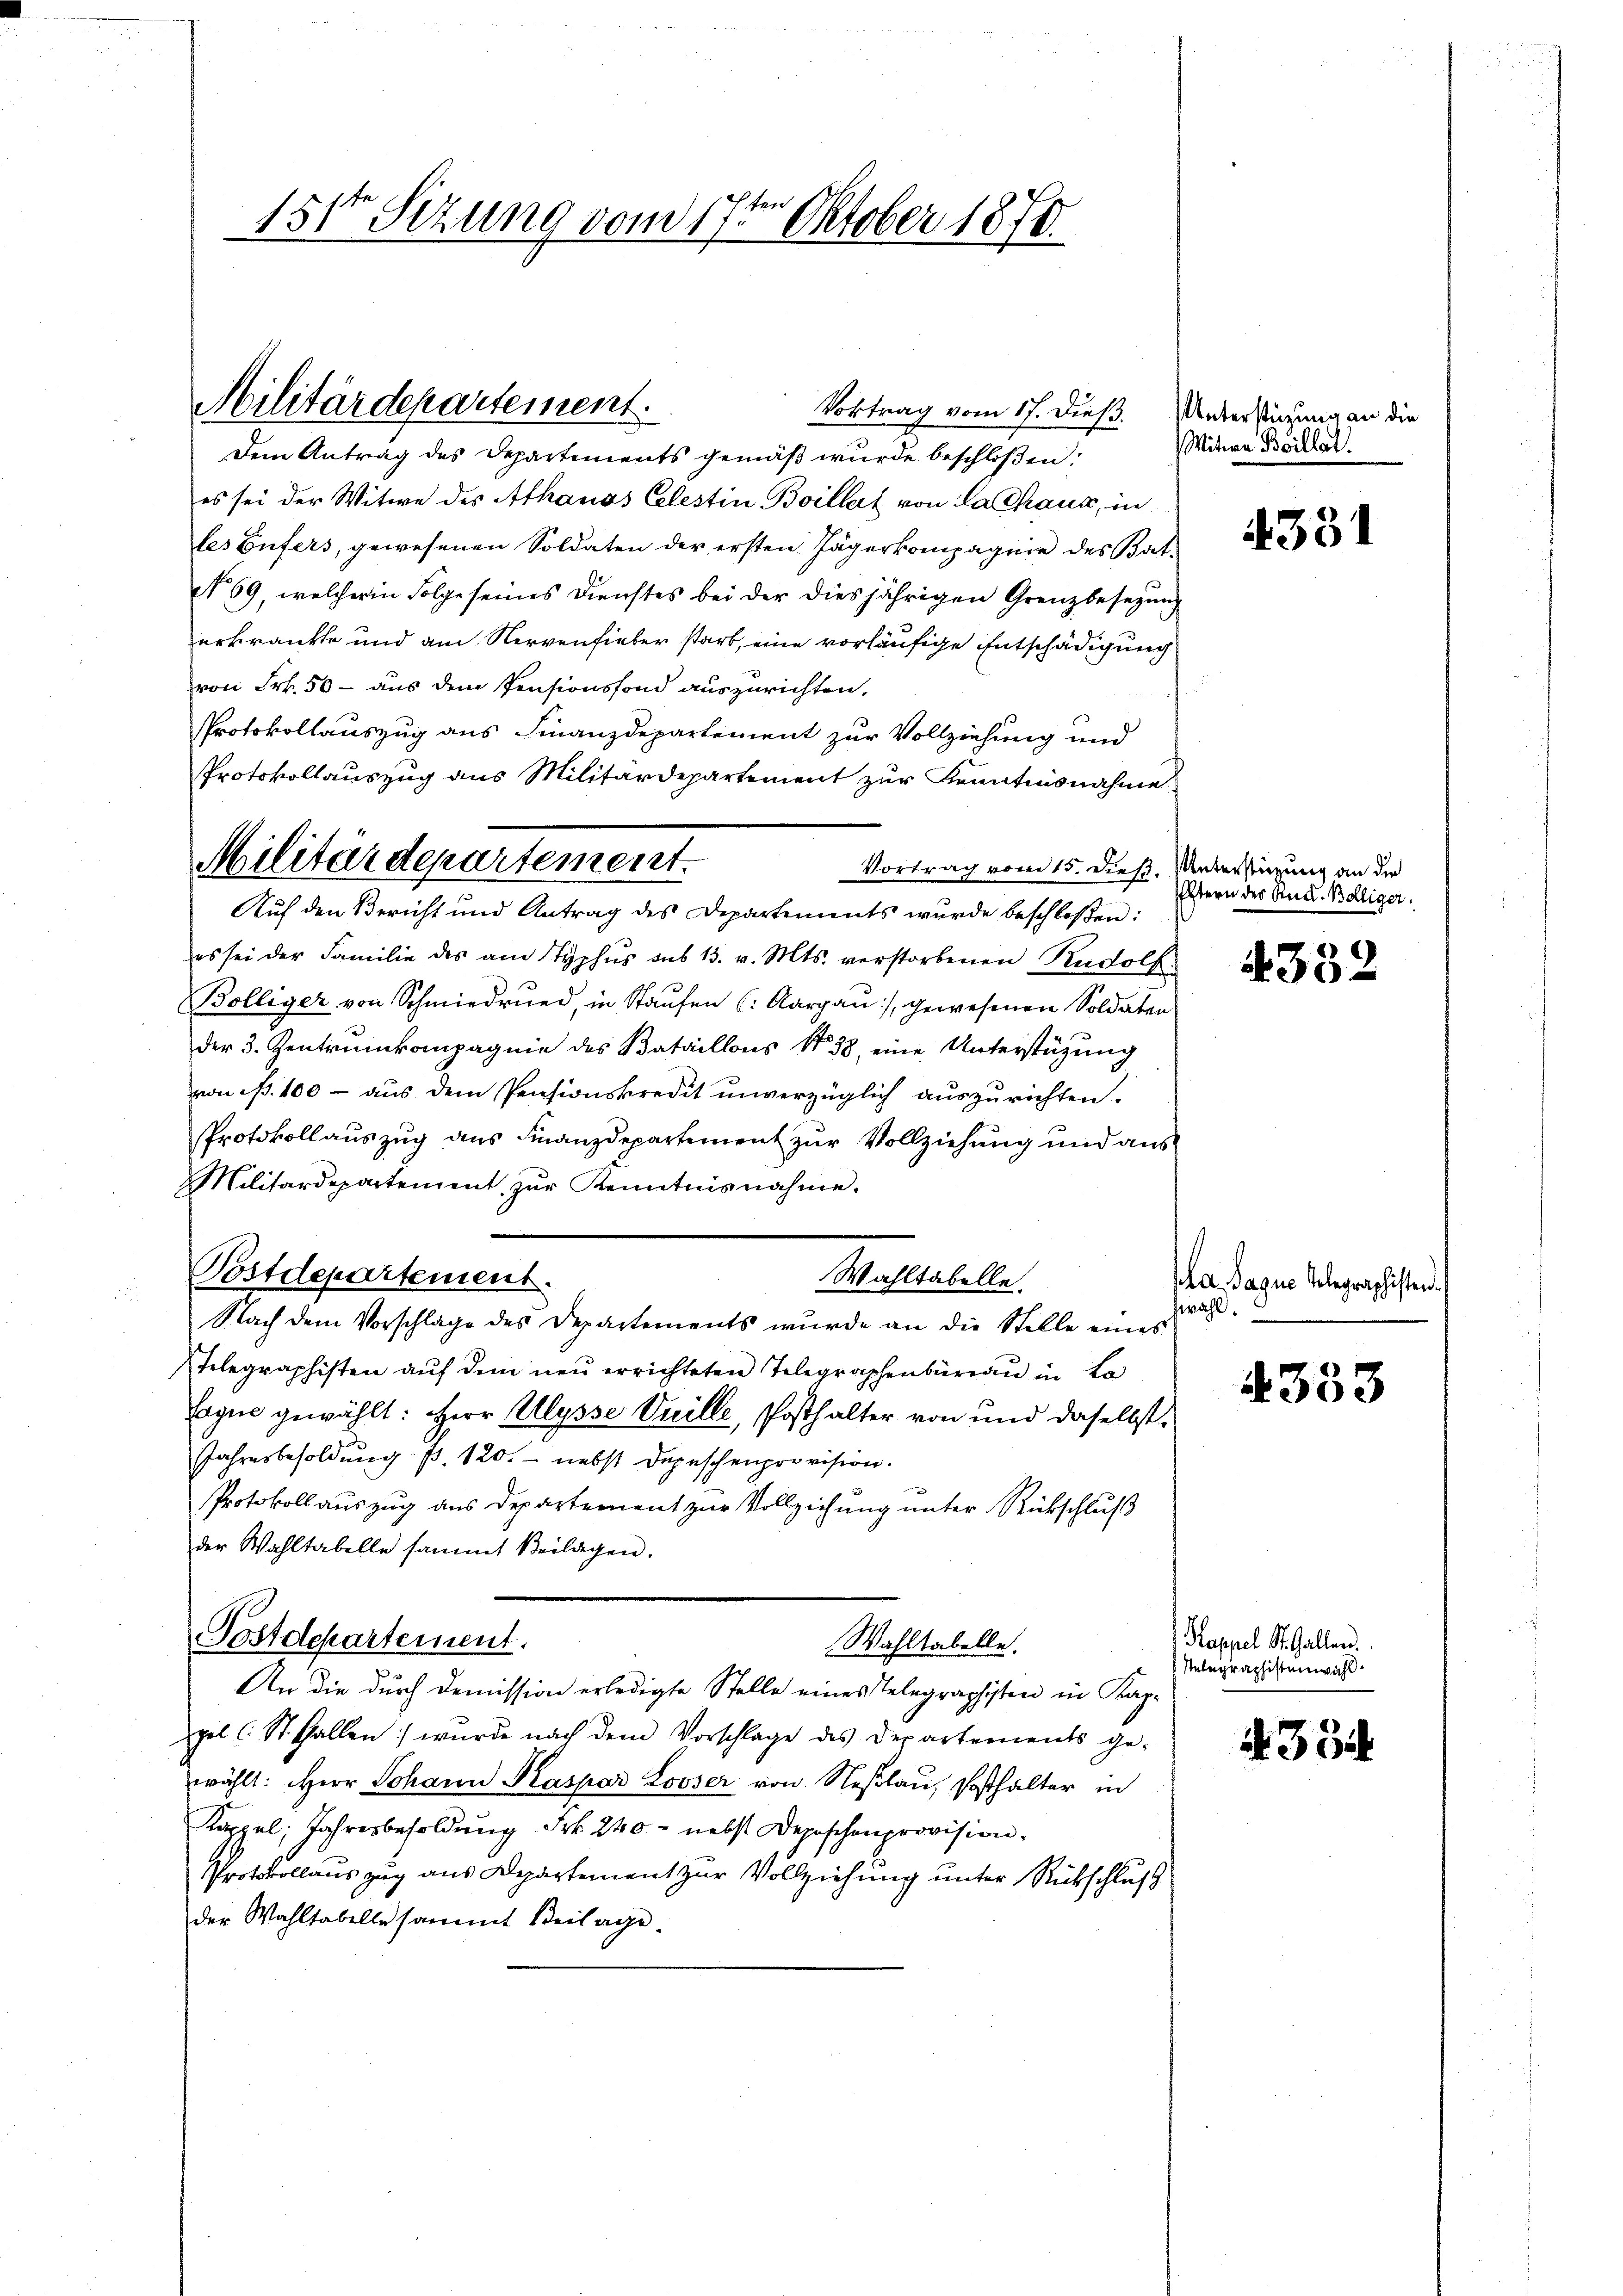
151 Sizung vom 17ten Oktober 1870.

Militärdepartement.
Vortrag vom 17. dieß.

Dem Antrag des Departements gemäß wurde beschloßen:
es sei der Witwe des Athanas Celestin Boillat von la chaus, in
les Eifers, gewesenen Soldaten der ersten Jägerkompagnie des Bat-
No 69, welcherin Folge seines Dienstes bei der diesjährigen Grenzbesezung
erkränkte und am Nervenfieber starb, eine vorläufige Entschädigung
von Frk. 50 - aus dem Pensionsfond auszurichten.
Protokollauszug aus Finanzdepartement zur Vollziehung und
Protokollauszug aus Militärdepartement zur Kenntnisnahme
Vortrag vom 15. dieß. Unterstüzung an die
Auf den Bericht und Antrag des Departements wurde beschloßen:
es sei der Familie des am Typhus sub 15. v. Mts. verstorbenen Rudolf
Bolliger von Schmiedrund in Staufen (: Aargau, gewesenen Soldaten
der 3. Zentrinkompagnie des Bataillons No 38 eine Unterstützung
von ß. 100 - aus dem Pensionskredit unverzüglich auszurichten.
PProtokollauszug aus Finanzdepartement zur Vollziehung und aus
Militärdepartement zŭr Kenntnisnahme.
Wahltabelle.
Nach dem Vorschlage des Departements wurde an die Stelle eines
Telegraphisten auf dem neu errichteten Telegraphenbüreau in La
Egue gewählt: Herr Ulysse Vuille, Posthalter von und daselbst¬
Jahresbesoldung p. 120. - nebst Depeschenprovision.
Protokoll auszug aus Departement zur Vollziehung unter Rückschluß
der Wahltabelle sammt Beilagen.
Postdepartement.
Wahltabelle.
An die durch Demission erledigte Stelle eines Telegraphisten in Kappel l. St. Gallen wurde nach dem Vorschlage des Departements ge-
wählt: Herr Johann Kaspar Looser von Neßlau, Posthalter in
Kappel, Jahresbesoldung Frk. 240 - nebst Depeschenprovision.
Protokollauszug aus Departement zur Vollziehung unter Rückschluß
der Wahltabelle sammt Beilage

Militärdepartement.

Postdepartement.

Unterstützung an die
Witwe Boillat

331

Estern des Rud. Bölliger.

4332

a Jaque telegraphisten.
zwahl.

4333

Kappel St. Gallen.
Relegraphistenwahl.

334